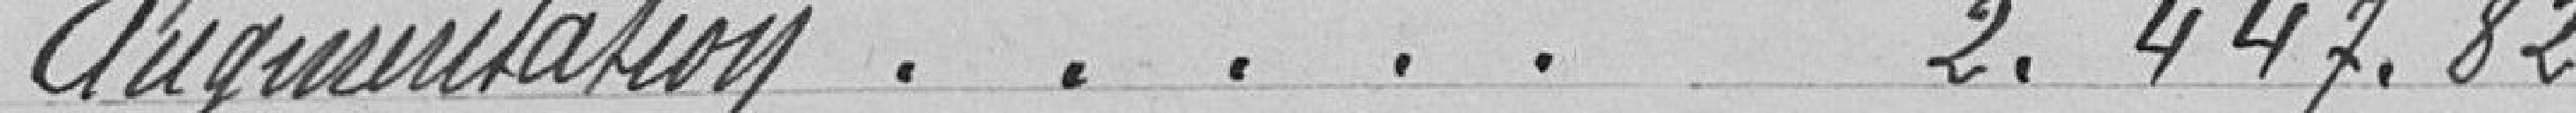
Augmentation . . . . . 2.447.82